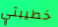
خطيبتي